Burma Government Medical School reports 1907-22
Year: 1907
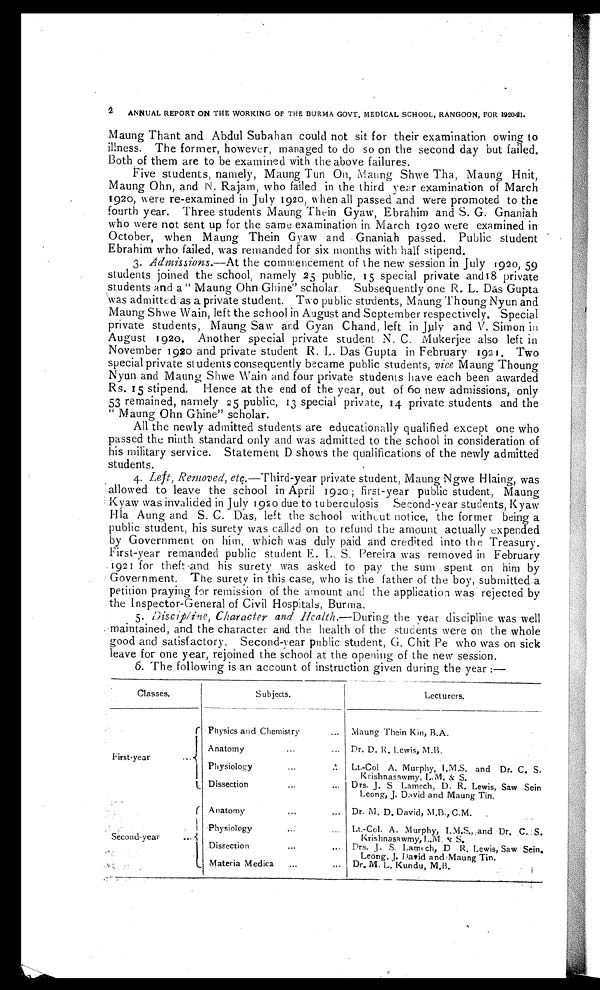
ANNUAL REPORT ON THE WORKING OF THE BURMA GOVT. MEDICAL SCHOOL, RANGOON, FOR 1920-21.
Maung Thant and Abdul Subahan could not sit for their examination owing to
illness. The former, however, managed to do so on the second day but failed.
Both of them are to be examined with the above failures.
Five students, namely, Maung Tun On, Mating Shwe Tha, Maung Hnit,
Maung Ohn, and N. Rajam, who failed in the third year examination of March
1920, were re-examined in July 1920, when all passed and were promoted to the
fourth year. Three students Maung Thein Gyaw, Ebrahim and S. G. Gnaniah
who were not sent up for the same examination in March 1920 were examined in
October, when Maung Thein Gyaw and Gnaniah passed. Public student
Ebrahim who failed, was remanded for six months with half stipend.
3.
Admissions.—At the commencement of the new session in July 1920, 59
students joined the school, namely 25 public, 15 special private and 18 private
students and a "Maung Ohn Ghine" scholar. Subsequently one R. L. Das Gupta
was admitted as a private student. Two public students, Maung Thoung Nyun and
Maung Shwe Wain, left the school in August and September respectively. Special
private students, Maung Saw and Gyan Chand, left in July and V. Simon in
August 1920. Another special private student N. C. Mukerjee also left in
November 1920 and private student R. L. Das Gupta in February 1921. Two
special private students consequently b e came public students, vice Maung Thoung
Nyun and Maung Shwe Wain and four private students have each been awarded
Rs. 15 stipend. Hence at the end of the year, out of 60 new admissions, only
53 remained, namely 25 public, 13 special private, 14 private students and the
" Maung Ohn Ghine" scholar.
All the newly admitted students are educationally qualified except one who
passed the ninth standard only and was admitted to the school in consideration of
his military service. Statement D shows the qualifications of the newly admitted
students.
4.
Left, Removed, etc. —Third-year private student, Maung Ngwe Hlaing, was
allowed to leave the school in April 1920; first-year public student, Maung
Kyaw was invalided in July 1920 due to tuberculosis Second-year students, Kyaw
Hla Aung and S. C. Das, left the school without notice, the former being a
public student, his surety was called on to refund the amount actually expended
by Government on him, which was duly paid and credited into the Treasury.
First-year remanded public student E. L. S. Pereira was removed in February
1921 for theft and his surety was asked to pay the sum spent on him by
Government. The surety in this case, who is the father of the boy, submitted a
petition praying for remission of the amount and the application was rejected by
the Inspector-General of Civil Hospitals, Burma.
5. Discipline
Character and Health.—During the year discipline was well
maintained, and the character and the health of the students were on the whole
good and satisfactory. Second-year public student, G. Chit Pe who was on sick
leave for one year, rejoined the school at the opening of the new session.
6. The following is an account of instruction given during the year:—
Classes.
Subjects.
Lecturers.
F i r s t - y e a r . . .
Physics and Chemistry . . .
Maung Thein Kin, B.A.
Anatomy . . .
Dr. D. R. Lewis, M.B.
Physiology . . .
Lt.-Col A. Murphy, I.M.S. and Dr. C. S.
Krishnasawmy, L.M. & S.
Dissection . . .
Drs. J. S Lamech, D. R. Lewis, Saw Sein
Leong, J. David and Maung Tin.
Second-year
. . .
Anatomy . . .
D r . M . D . D a v i d , M . B . , C . M .
Physiology . . .
Lt.-Col. A. Murphy, I.M.S., and Dr. C. S.
Krishnasawmy, L.M. & S.
Dissection . . .
Drs. Lamech, D R. Lewis, Saw Sein.
L e o n g , J . D a v i d a n d M a u n g T i n .
Materia Medica . . .
Dr. M. L. Kundu, M.B.